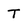
Character: T